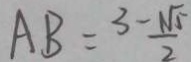
A B = \frac { 3 - \sqrt { 5 } } { 2 }